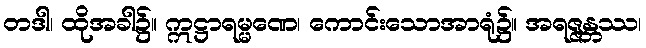
တဒါ၊ ထိုအခါ၌။ ဣဋ္ဌာရမ္မဏေ၊ ကောင်းသောအာရုံ၌။ အရဇ္ဇန္တဿ၊